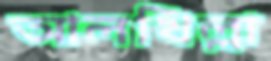
আলখিল্লা